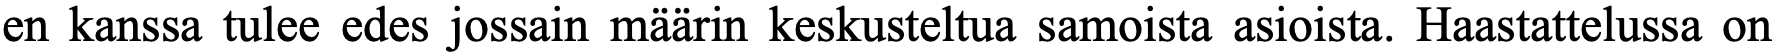
en kanssa tulee edes jossain määrin keskusteltua samoista asioista. Haastattelussa on